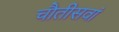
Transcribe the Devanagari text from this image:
चौतीसवां